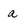
Character: a